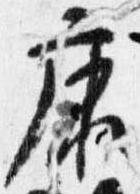
康